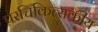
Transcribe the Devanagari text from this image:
परचिकित्सकीय